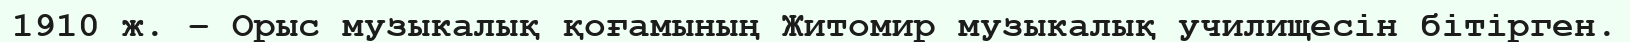
1910 ж. – Орыс музыкалық қоғамының Житомир музыкалық училищесін бітірген.